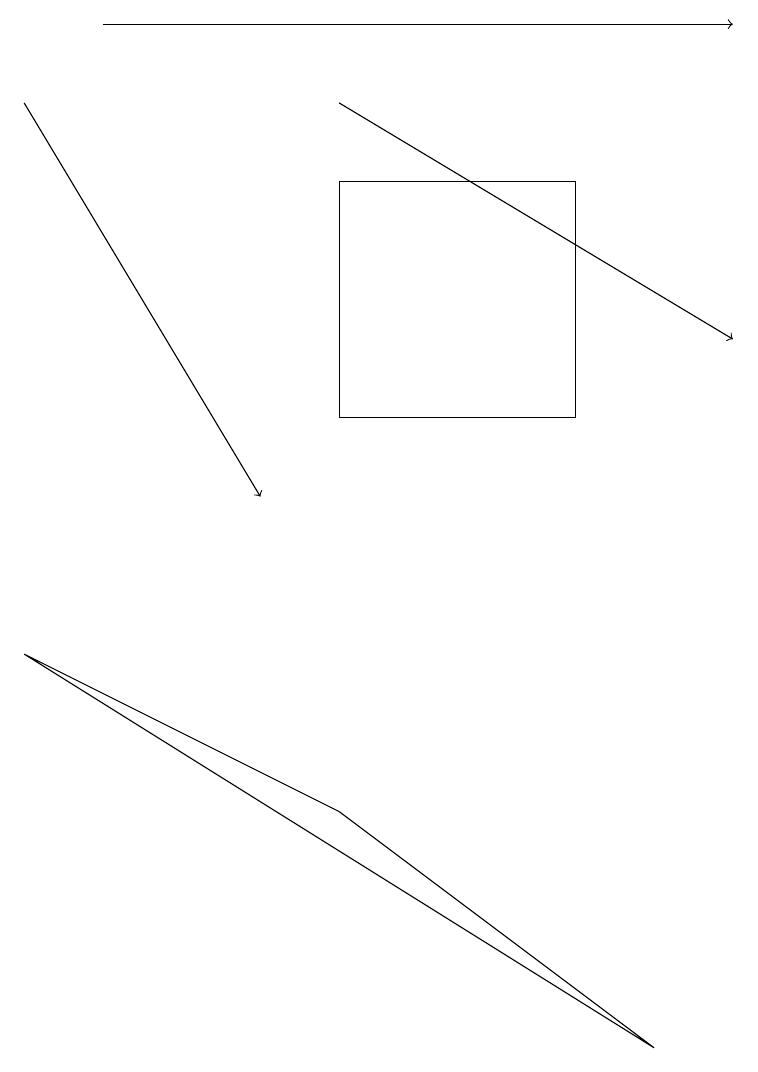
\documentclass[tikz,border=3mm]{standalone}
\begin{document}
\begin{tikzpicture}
\draw[->] (0,15) -- (3,10);
\draw (7,14) rectangle (4,11);
\draw[->] (1,16) -- (9,16);
\draw[->] (4,15) -- (9,12);
\draw (4,6) -- (0,8) -- (8,3) -- cycle;
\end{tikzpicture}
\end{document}